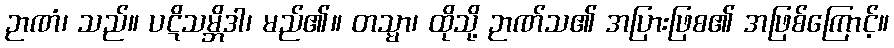
ဉာဏံ၊ သည်။ ပဋိသမ္ဘိဒါ၊ မည်၏။ တသ္မာ၊ ထိုသို့ ဉာဏ်သ၏ အပြားဖြစ၏ အဖြစ်ကြောင့်။